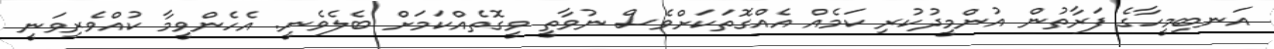
އަނބިމީހާގެ ފަރާތުން އުންމީދުކުރި ކަމެއް އެއްގޮތަކަށްވެސް ނުވާތީ ވީގޮތެއްކަމަށް ބެލެވެނީ. އެހެންވީމާ ކުއްވެރިވަނީ